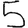
Digit: 5